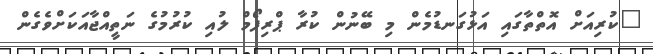
"ކުރިއަށް އޮތްތާގައި އަޅުގަނޑުމެން މި ބޭނުން ކުރާ ޕްރިފޯމް ލުއި ކުރުމުގެ ނަތީއްޖާއަކަށްވެގެން